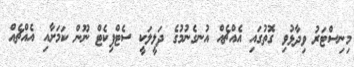
މިނިސްޓަރު ވިދާޅުވި ގޮތުގައި އެއްޗެއް އުނގެނުމުގެ ދަލީލަކީ ސެޓްފިކެޓް ނޫން ކަމަށާއި އެއްޗެއް